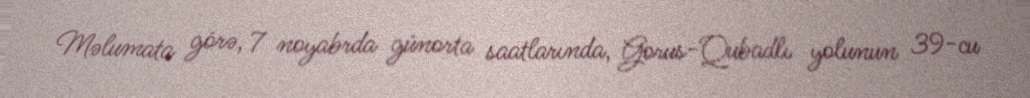
Məlumata görə, 7 noyabrda günorta saatlarında, Gorus-Qubadlı yolunun 39-cu